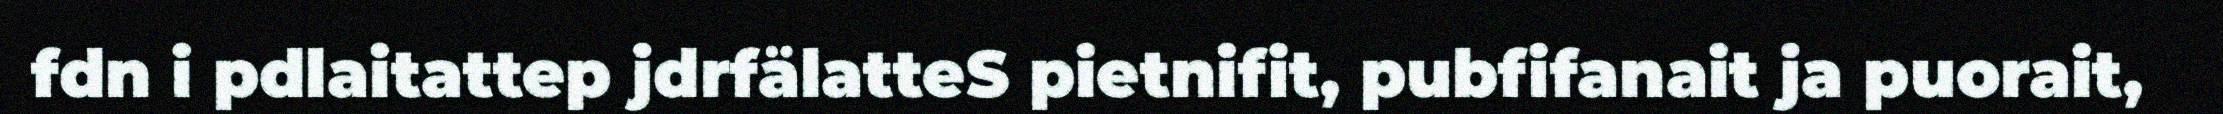
fdn i pdlaitattep jdrfälatteS pietnifit, pubfifanait ja puorait,